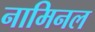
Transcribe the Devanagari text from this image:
नामिनल